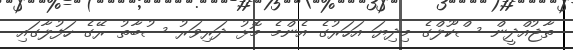
ތާޖުއްދީން ސްކޫލްގެ މިދިޔަ އަހަރުގެ އެންމެ މޮޅު ދަރިވަރު ސުބާތު ރޭގެ ހަފުލާގައި